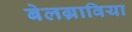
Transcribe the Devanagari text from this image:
बेलग्राविया